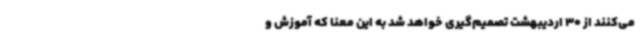
می‌کنند از 30 اردیبهشت تصمیم‌گیری خواهد شد به این معنا که آموزش و